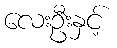
လေးဦးနှင့်